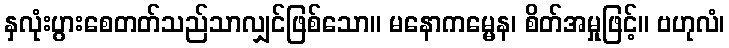
နှလုံးပွားစေတတ်သည်သာလျှင်ဖြစ်သော။ မနောကမ္မေန၊ စိတ်အမှုဖြင့်။ ဗဟုလံ၊